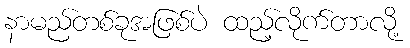
နာမည်တစ်ခုအဖြစ်ပဲ ထည့်လိုက်တာလို့